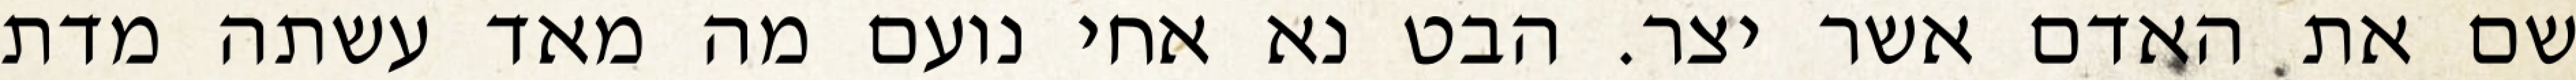
שם את האדם אשר יצר. הבט נא אחי נועם מה מאד עשתה מדת